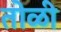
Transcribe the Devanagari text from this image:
तोळी